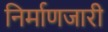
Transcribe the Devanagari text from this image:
निर्माणजारी